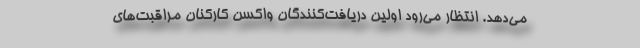
می‌دهد. انتظار می‌رود اولین دریافت‌کنندگان واکسن کارکنان مراقبت‌های